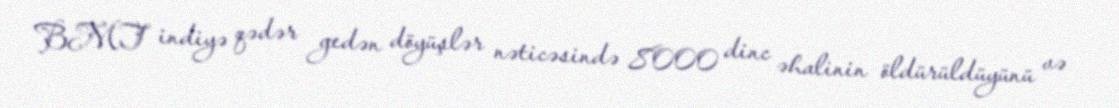
BMT indiyə qədər gedən döyüşlər nəticəsində 8000 dinc əhalinin öldürüldüyünü və